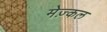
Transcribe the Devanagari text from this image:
मेज़्कल